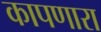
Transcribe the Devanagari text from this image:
कापणारा